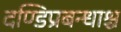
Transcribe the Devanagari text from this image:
दण्डिप्रबन्धाश्च